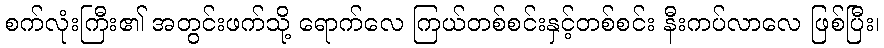
စက်လုံးကြီး၏ အတွင်းဖက်သို့ ရောက်လေ ကြယ်တစ်စင်းနှင့်တစ်စင်း နီးကပ်လာလေ ဖြစ်ပြီး၊